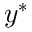
y ^ { \ast }